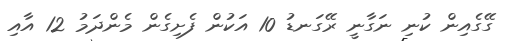
ގޭގެއިން ކުނި ނަގާނީ ރޭގަނޑު 10 އަކުން ފެށިގެން މެންދަމު 12 އާއި